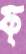
ফ্